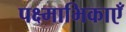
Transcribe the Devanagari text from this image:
पक्ष्माभिकाएँ